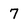
Character: 7